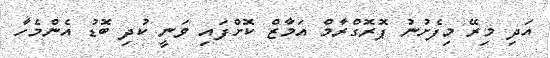
އަދި މިރޭ މިފެށުނު ޕޮރޮގްރާމް އަމާޒް ކޮށްފައި ވަނީ ކުދި ބޮޑު އެންމެހާ